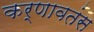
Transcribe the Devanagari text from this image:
कर्णावतंस